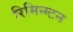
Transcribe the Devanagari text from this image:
रिमिन्ग्टन